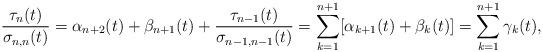
LaTeX: \begin{align*}\frac{\tau_{n}(t)}{\sigma_{n,n}(t)} = \alpha_{n+2}(t) + \beta_{n+1}(t) + \frac{\tau_{n-1}(t)}{\sigma_{n-1,n-1}(t)} = \sum_{k=1}^{n+1} [\alpha_{k+1}(t) + \beta_{k}(t)] = \sum_{k=1}^{n+1} \gamma_{k}(t),\end{align*}